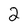
Character: 2